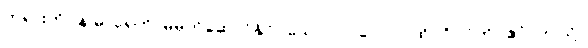
တရားကို။ န ဓာရေတိ၊ မမှတ်ဆောင်နိုင်။ သော (ပုဂ္ဂလော)၊ ထိုပုဂ္ဂိုလ်ကို။ ဧဝံ၊ ဤသို့။